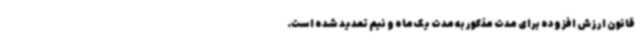
قانون ارزش افزوده برای مدت مذکور به مدت یک ماه و نیم تمدید شده است.